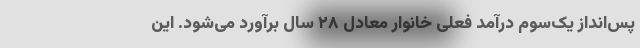
پس‌انداز یک‌سوم درآمد فعلی خانوار معادل ۲۸ سال برآورد می‌شود. این